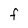
Character: F